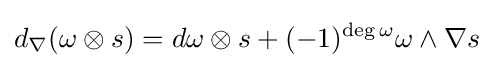
d_{\nabla }(\omega \otimes s)=d\omega \otimes s+(-1)^{\deg \omega }\omega \wedge \nabla s